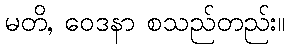
မတိ, ဝေဒနာ စသည်တည်း။